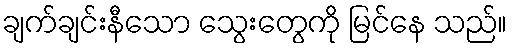
ချက်ချင်းနီသော သွေးတွေကို မြင်နေ သည်။